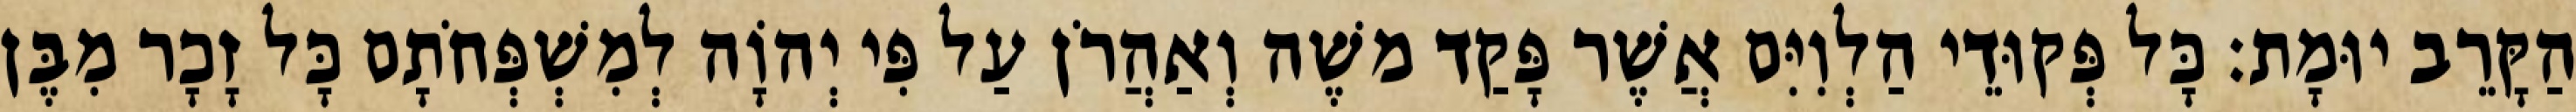
הַקָּרֵב יוּמָת׃ כָּל פְּקוּדֵי הַלְוִיִּם אֲשֶׁר פָּקַד משֶׁה וְאַהֲרֹן עַל פִּי יְהוָֹה לְמִשְׁפְּחֹתָם כָּל זָכָר מִבֶּן